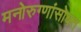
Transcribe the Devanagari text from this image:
मनोरुग्णांसोबत